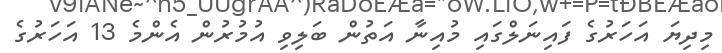
މިދިޔަ އަހަރުގެ ފައިނަލްގައި މުއިނާ އަތުން ބަލިވި އުމުރުން އެންމެ 13 އަހަރުގެ